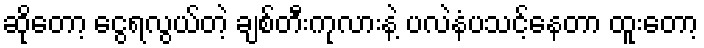
ဆိုတော့ ငွေရလွယ်တဲ့ ချစ်တီးကုလားနဲ့ ပလဲနံပသင့်နေတာ ထူးတော့